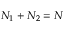
N _ { 1 } + N _ { 2 } = N